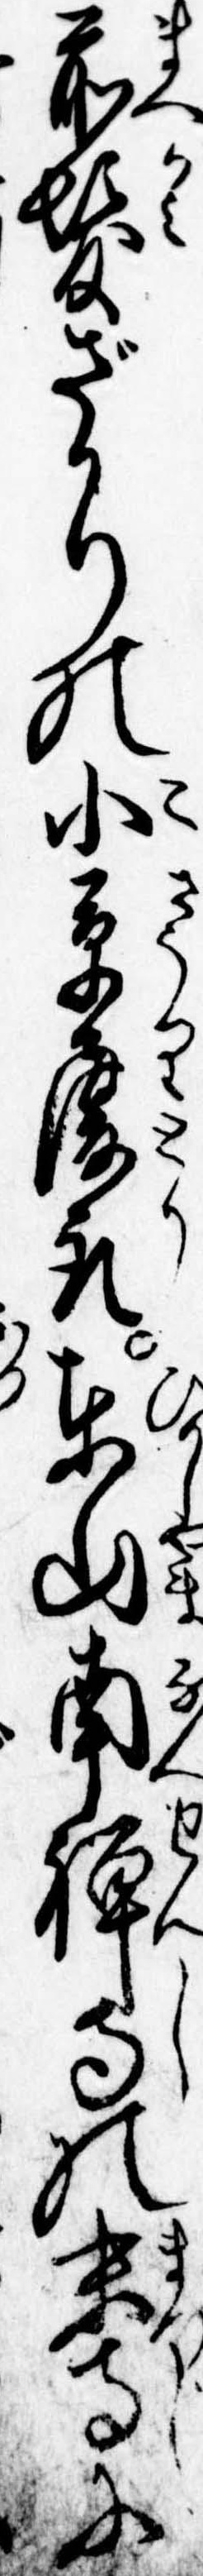
前髪ざかりの小草履取東山南禅寺の末寺に